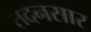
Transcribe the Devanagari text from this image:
तदनसार